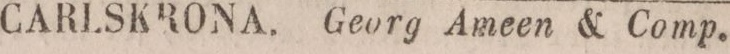
CARLSKRONA. Georg Ameen & Comp.